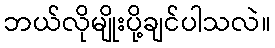
ဘယ်လိုမျိုးပို့ချင်ပါသလဲ။